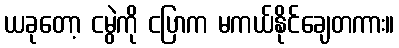
ယခုတော့ ငမွဲကို ငပြာက မကယ်နိုင်ချေတကား။